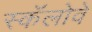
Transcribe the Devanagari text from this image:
स्कॅलोवे